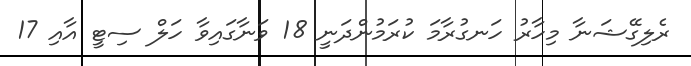
ރެލިގޭޝަނާ މިހާރު ހަނގުރާމަ ކުރަމުންދަނީ 18 ވަނާގައިވާ ހަލް ސިޓީ އާއި 17